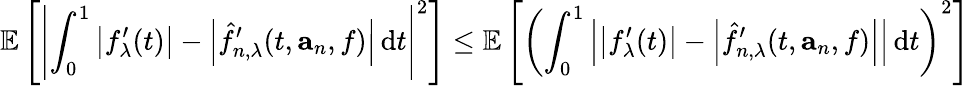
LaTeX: \mathbb{E}\left[\left|\int_{0}^{1}\left|f_{\lambda}^{\prime}(t)\right|-\left|\hat{f}_{n,\lambda}^{\prime}(t,\mathbf{a}_{n},f)\right|\, \mathrm{d}t\right|^{2}\right]\leq\mathbb{E}\left[\left(\int_{0}^{1}\left|\left|f_{\lambda}^{\prime}(t)\right|-\left|\hat{f}_{n,\lambda}^{\prime}(t,\mathbf{a}_{n},f)\right|\right|\, \mathrm{d}t\right)^{2}\right]